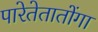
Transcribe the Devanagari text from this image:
पारेतेतातोंगा